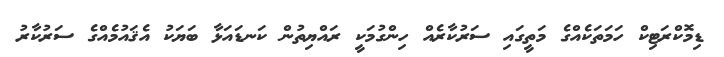
ޑިމޮކްރަޓިކް ހަމަތަކެއްގެ މަތީގައި ސަރުކާރެއް ހިންގުމަކީ ރައްޔިތުން ކަނޑައަޅާ ބަޔަކު އެޤައުމެއްގެ ސަރުކާރު